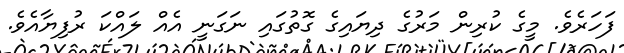
ފަހަރެވެ. މީގެ ކުރިން މަރުގެ ދިޔައިގެ ގޮތުގައި ނަގަނީ އެއް ލައްކަ ރުފިޔާއެވެ.